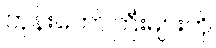
ဘုန်းတော်ကြီးများကို